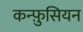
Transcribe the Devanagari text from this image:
कन्फ़ुसियन